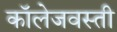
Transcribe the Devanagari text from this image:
कॉलेजवस्ती